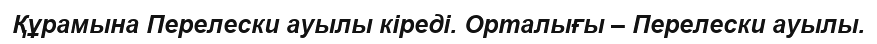
Құрамына Перелески ауылы кіреді. Орталығы – Перелески ауылы.